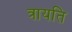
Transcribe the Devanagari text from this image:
त्रायति